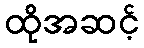
ထိုအဆင့်